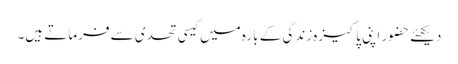
دیکھئے حضور اپنی پاکیزہ زندگی کے بارہ میں کیسی تحدی سے فرماتے ہیں۔